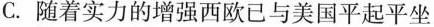
C.随着实力的增强西欧已与美国平起平坐